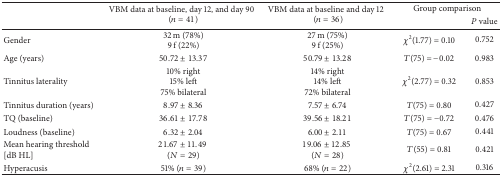
<table><thead><tr><td rowspan="2"></td><td rowspan="2"><b>VBM data at baseline, day 12, and day 90(<i>n</i> = 41)</b></td><td rowspan="2"><b>VBM data at baseline and day 12(<i>n</i> = 36)</b></td><td colspan="2"><b>Group comparison</b></td></tr><tr><td><b> </b></td><td><b><i>P</i> value</b></td></tr></thead><tbody><tr><td>Gender</td><td>32 m (78%)9 f (22%)</td><td>27 m (75%)9 f (25%)</td><td><i>χ</i><sup>2</sup>(1.77) = 0.10</td><td>0.752</td></tr><tr><td>Age (years)</td><td>50.72 ± 13.37</td><td>50.79 ± 13.28</td><td><i>T</i>(75) = −0.02</td><td>0.983</td></tr><tr><td>Tinnitus laterality</td><td>10% right15% left75% bilateral</td><td>14% right14% left72% bilateral</td><td><i>χ</i><sup>2</sup>(2.77) = 0.32</td><td>0.853</td></tr><tr><td>Tinnitus duration (years)</td><td>8.97 ± 8.36</td><td>7.57 ± 6.74</td><td><i>T</i>(75) = 0.80</td><td>0.427</td></tr><tr><td>TQ (baseline)</td><td>36.61 ± 17.78</td><td>39.56 ± 18.21</td><td><i>T</i>(75) = −0.72</td><td>0.476</td></tr><tr><td>Loudness (baseline)</td><td>6.32 ± 2.04</td><td>6.00 ± 2.11</td><td><i>T</i>(75) = 0.67</td><td>0.441</td></tr><tr><td>Mean hearing threshold [dB HL]</td><td>21.67 ± 11.49 (<i>N</i> = 29)</td><td>19.06 ± 12.85 (<i>N</i> = 28)</td><td><i>T</i>(55) = 0.81</td><td>0.421</td></tr><tr><td>Hyperacusis</td><td>51% (<i>n</i> = 39)</td><td>68% (<i>n</i> = 22)</td><td><i>χ</i><sup>2</sup>(2.61) = 2.31</td><td>0.316</td></tr></tbody></table>